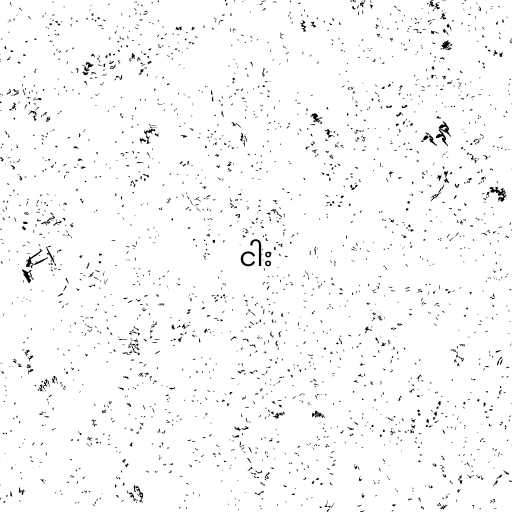
ငါး